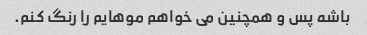
باشه پس و همچنین می خواهم موهایم را رنگ کنم.